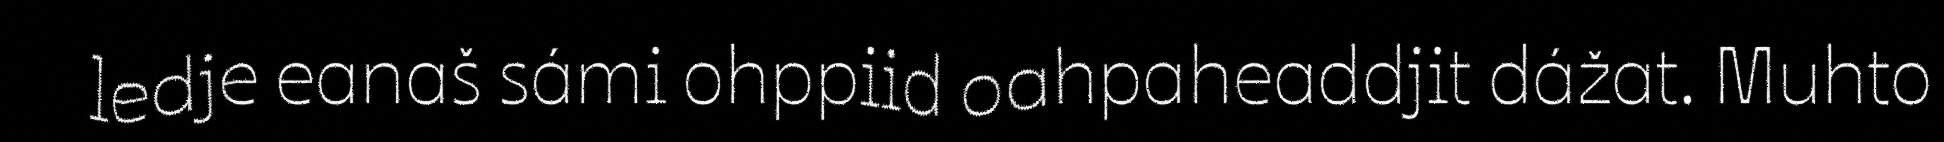
ledje eanaš sámi ohppiid oahpaheaddjit dážat. Muhto